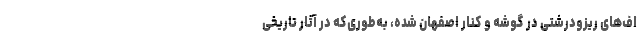
اف‌های ریزودرشتی در گوشه و کنار اصفهان شده، به‌طوری‌که در آثار تاریخی